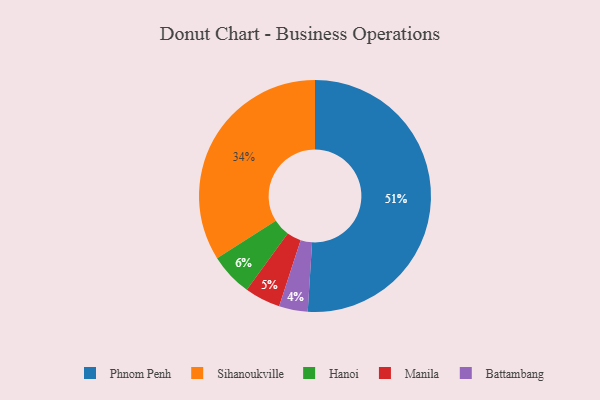
{"axis": {"x": "Category", "y": "Percentage"}, "legend": ["Battambang", "Hanoi", "Manila", "Phnom Penh", "Sihanoukville"], "data": [{"x": "Battambang", "y": 4, "type": "Battambang"}, {"x": "Hanoi", "y": 6, "type": "Hanoi"}, {"x": "Manila", "y": 5, "type": "Manila"}, {"x": "Sihanoukville", "y": 34, "type": "Sihanoukville"}, {"x": "Phnom Penh", "y": 51, "type": "Phnom Penh"}]}